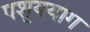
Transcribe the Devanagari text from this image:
पशुययाग